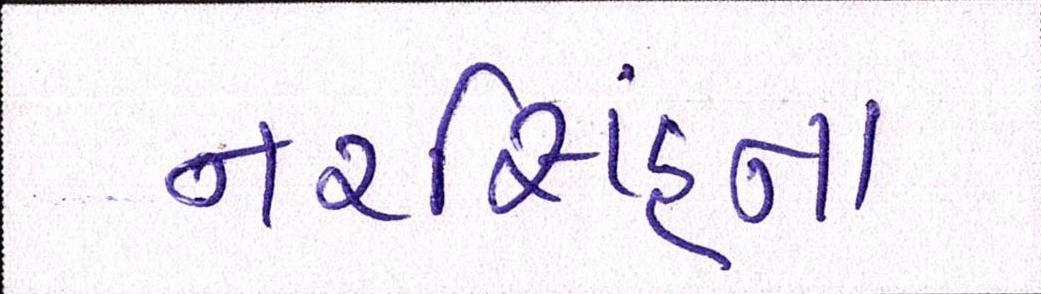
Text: નરસિંહના